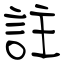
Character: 註